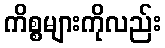
ကိစ္စများကိုလည်း